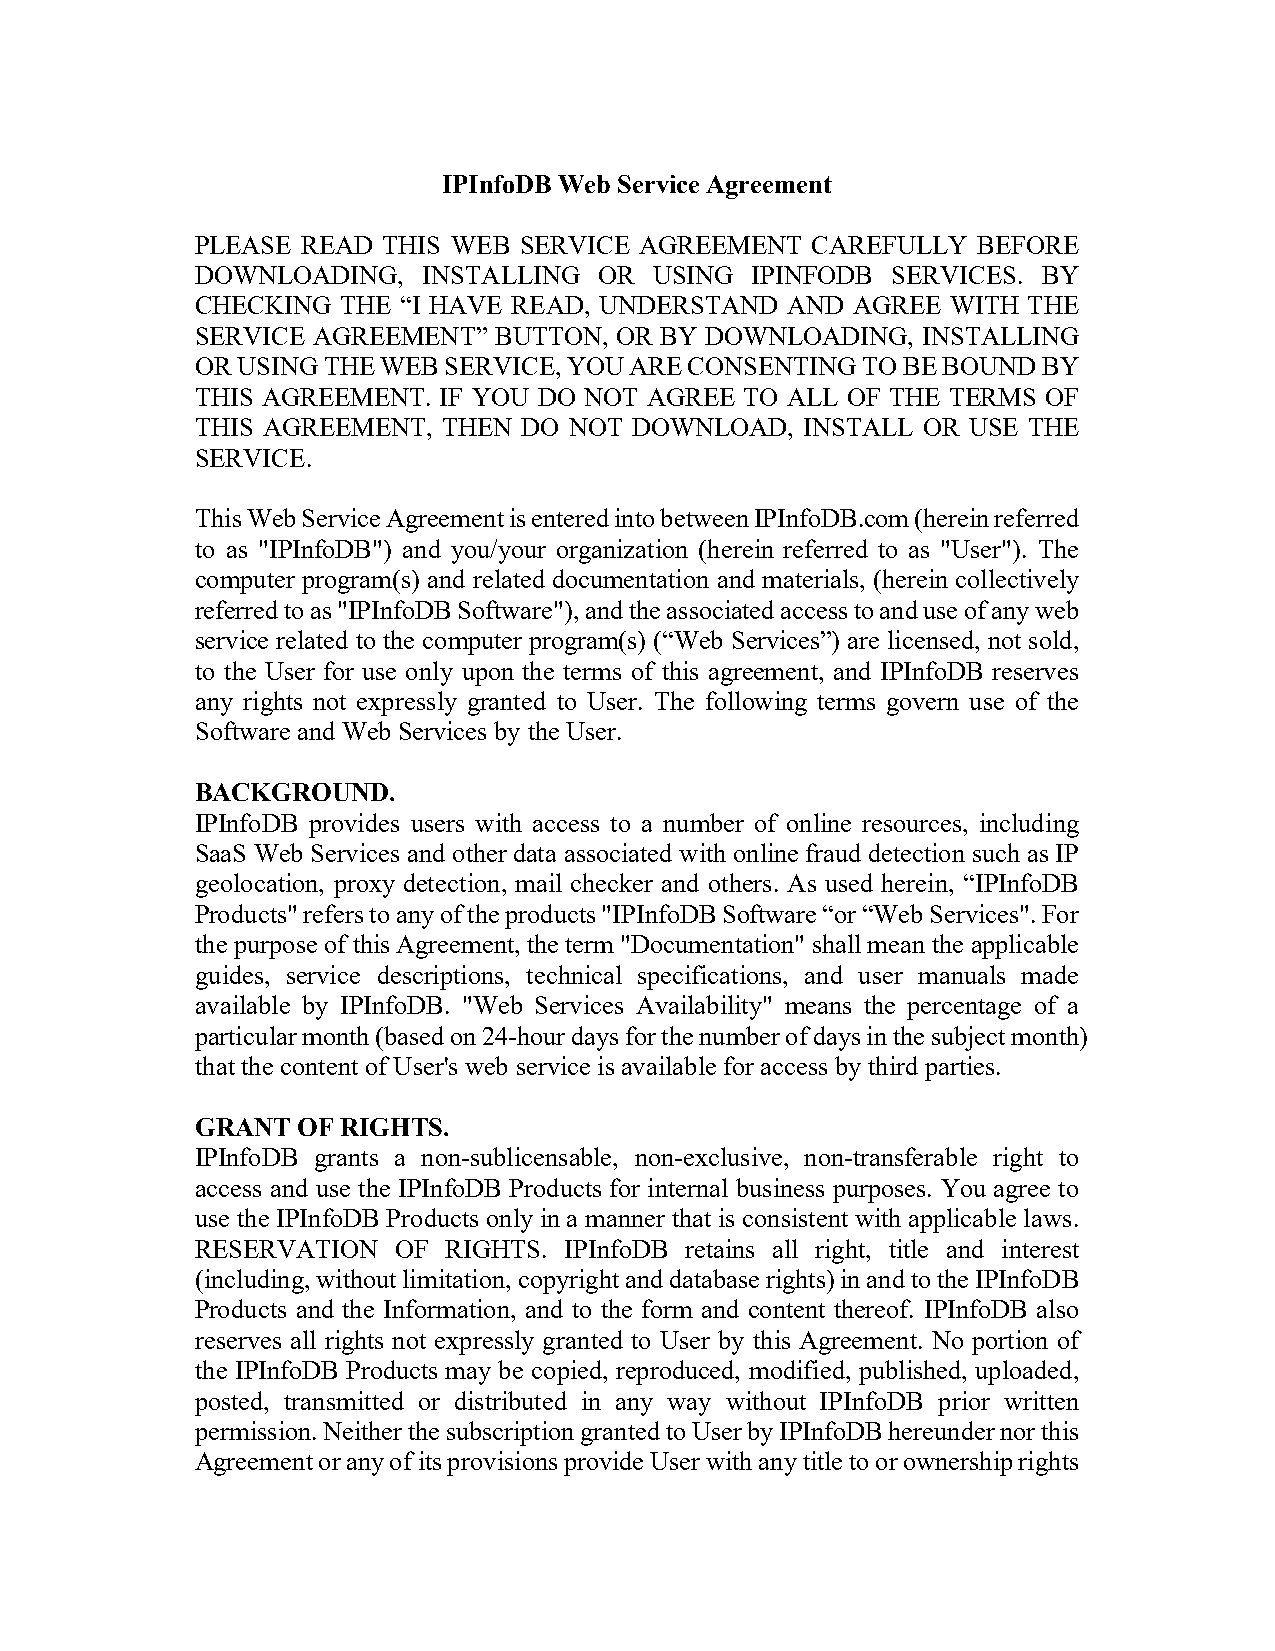
IPInfoDB Web Service Agreement
 PLEASE READ THIS WEB SERVICE AGREEMENT   CAREFULLY  BEFORE
 DOWNLOADING,   INSTALLING  OR USING  IPINFODB SERVICES. BY
 CHECKING  THE “I HAVE READ, UNDERSTAND AND AGREE  WITH THE
 SERVICE AGREEMENT”  BUTTON, OR BY DOWNLOADING,  INSTALLING
 OR USING THE WEB SERVICE, YOU ARE CONSENTING TO BE BOUND BY
 THIS AGREEMENT. IF YOU DO NOT AGREE TO ALL OF THE TERMS OF
 THIS AGREEMENT, THEN  DO NOT DOWNLOAD,  INSTALL OR USE THE
 SERVICE.
 This Web Service Agreement is entered into between IPInfoDB.com (herein referred
 to as "IPInfoDB") and you/your organization (herein referred to as "User"). The
 computer program(s) and related documentation and materials, (herein collectively
 referred to as "IPInfoDB Software"), and the associated access to and use of any web
 service related to the computer program(s) (“Web Services”) are licensed, not sold,
 to the User for use only upon the terms of this agreement, and IPInfoDB reserves
 any rights not expressly granted to User. The following terms govern use of the
 Software and Web Services by the User.
 BACKGROUND.
 IPInfoDB provides users with access to a number of online resources, including
 SaaS Web Services and other data associated with online fraud detection such as IP
 geolocation, proxy detection, mail checker and others. As used herein, “IPInfoDB
 Products" refers to any of the products "IPInfoDB Software “or “Web Services". For
 the purpose of this Agreement, the term "Documentation" shall mean the applicable
 guides, service descriptions, technical specifications, and user manuals made
 available by IPInfoDB. "Web Services Availability" means the percentage of a
 particular month (based on 24-hour days for the number of days in the subject month)
 that the content of User's web service is available for access by third parties.
 GRANT  OF RIGHTS.
 IPInfoDB grants a non-sublicensable, non-exclusive, non-transferable right to
 access and use the IPInfoDB Products for internal business purposes. You agree to
 use the IPInfoDB Products only in a manner that is consistent with applicable laws.
 RESERVATION  OF  RIGHTS. IPInfoDB retains all right, title and interest
 (including, without limitation, copyright and database rights) in and to the IPInfoDB
 Products and the Information, and to the form and content thereof. IPInfoDB also
 reserves all rights not expressly granted to User by this Agreement. No portion of
 the IPInfoDB Products may be copied, reproduced, modified, published, uploaded,
 posted, transmitted or distributed in any way without IPInfoDB prior written
 permission. Neither the subscription granted to User by IPInfoDB hereunder nor this
 Agreement or any of its provisions provide User with any title to or ownership rights